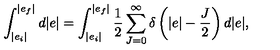
\int _ { | e _ { i } | } ^ { | e _ { f } | } d | e | = \int _ { | e _ { i } | } ^ { | e _ { f } | } \frac { 1 } { 2 } \sum _ { J = 0 } ^ { \infty } \delta \left( | e | - \frac { J } { 2 } \right) d | e | ,